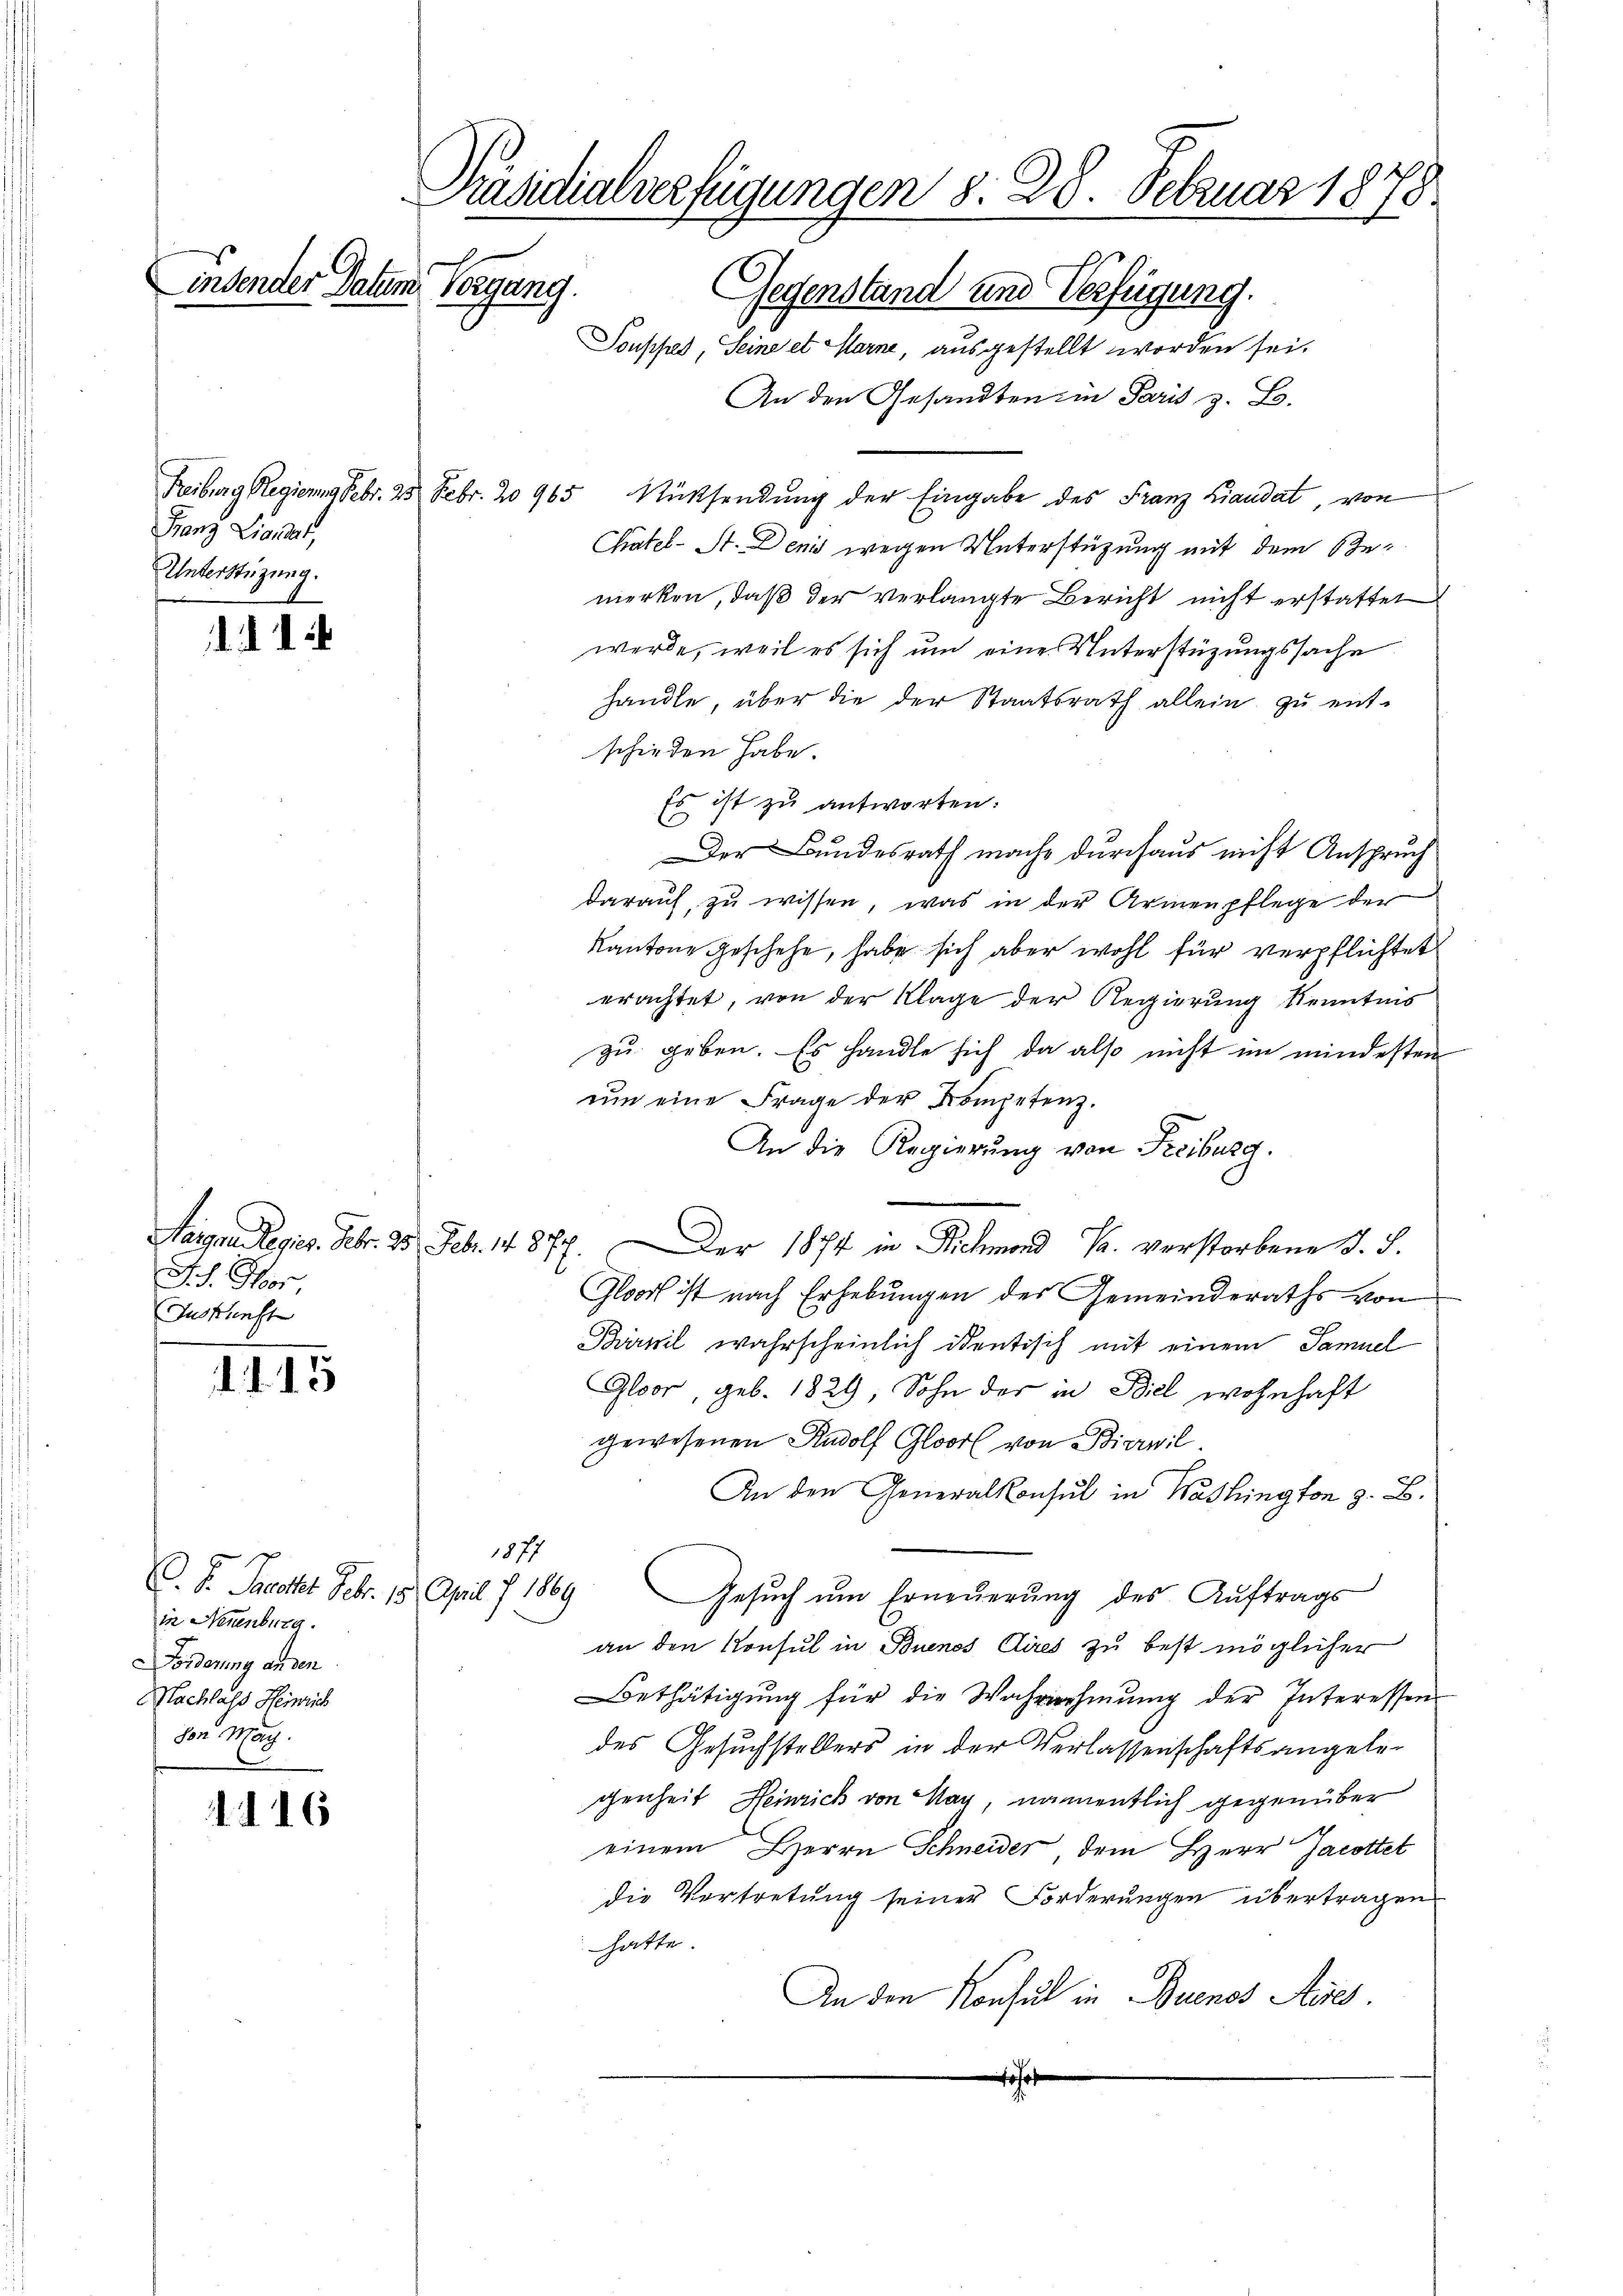
Franz Liquidat,
Unterstüzung.

. . . .

Ich. Stor,
Iuskunft

d. d. d. 2

C. P. Pacht. Febr. 18. April 7. 1889
in Neuenburg.
Forderung an den
Nachlass Heinrich
den Mach.

416

Präsidialverfügungen d. 28. Februar 1878.
Linsender Datum Vorgang.
Gegenstand und Verfügung.
Touppes, Seine et Marne, ausgestellt worden sei.
An den Gesandten in Paris z. B.

Reiburg Regierung Febr. 25 Febr. 20965 Rüksendung der Eingabe des Franz Landat, von
Chätel-St. Denis wegen Unterstützung mit dem Bemerken, daß der verlangte Bericht nicht erstattet
werde, weil es sich um eine Unterstüzungssache
handle, über die der Staatsrath allein zu entschieden habe.
Es ist zu antworten:
Der Bundesrath mache durchaus nicht Anspruch
darauf, zu wissen, was in der Armenpflege der
Kantone geschehe, habe sich aber wohl für verpflichtet
erachtet, von der Klage der Regierung Kenntnis
zu geben. Es handle sich da also nicht im mindesten
ŭm eine Frage der Kompetenz.
An die Regierung von Freiburg.
Nargen Regis. Febr. 25. Febr. 1877. Der 1874 in Richmand Pr. verstorbene S. S.
Gloort ist nach Erhebungen des Gemeinderaths von
Prpil wahrscheinlich identisch mit einem Samuel
Gloor, geb. 1829, Sohn der in Biel wohnhaft
gewesenen Rudolf Gloor von Bierwil.
An den Generalkonsul in Washington z. B.
1877
Gesuch um Erneuerung des Auftrags
an den Konsul in Buenos Aires zu best möglicher
Bethätigung für die Wahrnehmung der Interessen
des Gesuchstellers in der Verlassenschaftsangelegenheit Heinrich von Nag, namentlich gegenüber
einem Herrn Schneider, dem Herr Jacottet
die Vertretung seiner Forderungen übertragen
hatte.
An den Konsul in Buenos Aies.